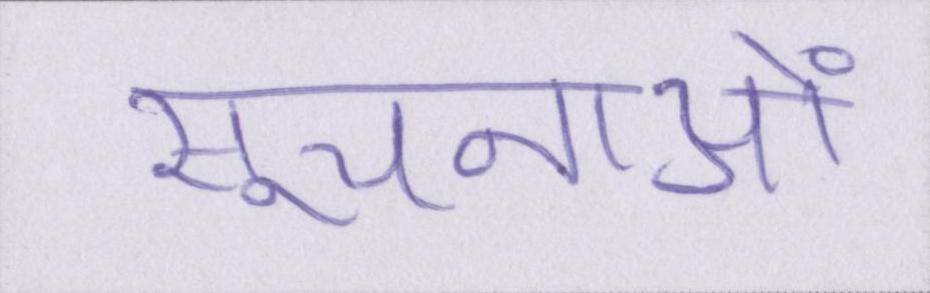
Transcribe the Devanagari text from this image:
सूचनाओं